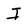
Character: I